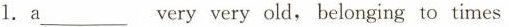
1.a___very very old，belonging to times